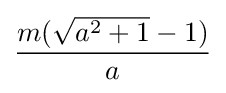
{\frac {m({\sqrt {a^{2}+1}}-1)}{a}}